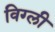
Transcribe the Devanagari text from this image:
विग्ली